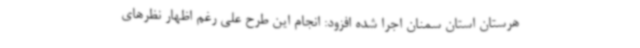
هرستان استان سمنان اجرا شده افزود: انجام این طرح علی رغم اظهار نظرهای